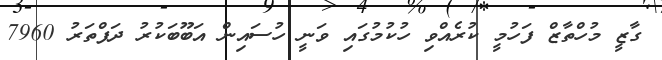
ގާޒީ މުހްތާޒް ފަހުމީ ކުރެއްވި ހުކުމުގައި ވަނީ ހުސައިން އަބޫބަކުރު ދަފްތަރު 7960